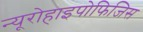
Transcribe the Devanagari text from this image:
न्यूरोहाइपोफिजिस